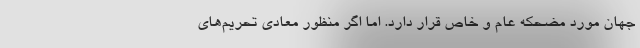
جهان مورد مضحکه عام و خاص قرار دارد. اما اگر منظور معادی تحریم‌های